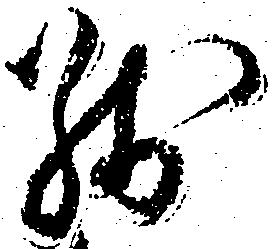
残